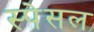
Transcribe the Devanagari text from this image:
स्पेसल